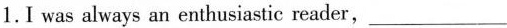
1.I was always an enthusiastic reader, ___